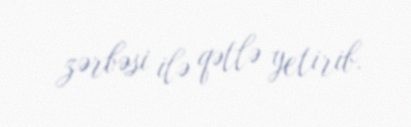
zərbəsi ilə qətlə yetirib.